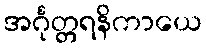
အင်္ဂုတ္တရနိကာယေ